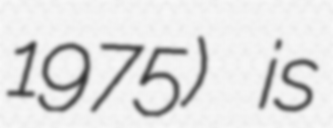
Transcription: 1975) is